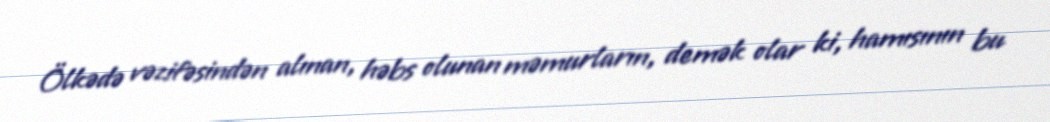
Ölkədə vəzifəsindən alınan, həbs olunan məmurların, demək olar ki, hamısının bu